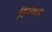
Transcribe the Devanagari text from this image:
विश्नवास